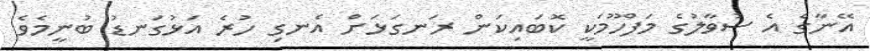
އޭނާގެ އެ ސުވާލުގެ މަފްހޫމަކީ ކޮބައިކަން ރަނގަޅަށް އެނގި ހުރެ އަޅުގަނޑު ބުނީމެވެ